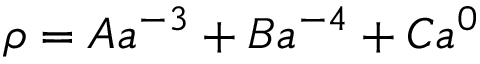
\rho = A a ^ { - 3 } + B a ^ { - 4 } + C a ^ { 0 }